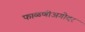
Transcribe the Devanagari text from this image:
फाळणीअगोदर